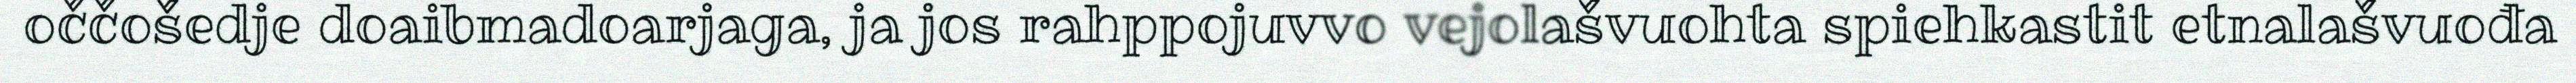
oččošedje doaibmadoarjaga, ja jos rahppojuvvo vejolašvuohta spiehkastit etnalašvuođa